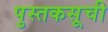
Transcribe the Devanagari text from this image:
पुस्तकसूची